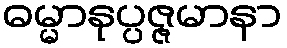
ဓမ္မာနုပ္ပဇ္ဇမာနာ